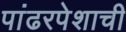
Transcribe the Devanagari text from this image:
पांढरपेशाची